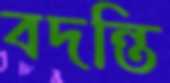
বদন্তি